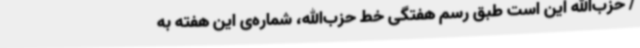
/ حزب‌الله این است طبق رسم هفتگی خط حزب‌الله، شماره‌ی این هفته به